Annual report on the Civil Veterinary Department, Burma (including the Insein Veterinary School) - 1910-1922
Year: 1910
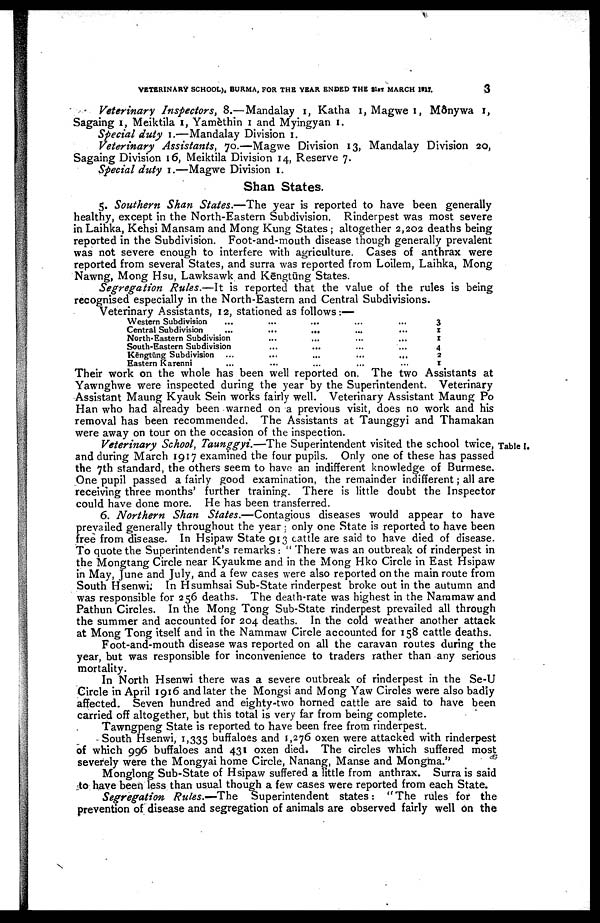
VETERINARY SCHOOL), BURMA, FOR THE YEAR ENDED THE 31ST MARCH 1917.
3
Veterinary Inspectors, 8.— Mandalay 1, Katha 1, Magwe 1, Monywa 1,
Sagaing 1, Meiktila 1, Yamèthin 1 and Myingyan 1.
Special duty 1.—Mandalay Division 1.
Veterinary Assistants, 70.—Magwe Division 13, Mandalay Division 20,
Sagaing Division 16, Meiktila Division 14, Reserve 7.
Special duty 1.—Magwe Division 1.
Shan States.
5. Southern Shan States.—The year is reported to have been generally
healthy, except in the North-Eastern Subdivision. Rinderpest was most severe
in Laihka, Kehsi Mansam and Mong Kung States ; altogether 2,202 deaths being
reported in the Subdivision. Foot-and-mouth disease though generally prevalent
was not severe enough to interfere with agriculture. Cases of anthrax were
reported from several States, and surra was reported from Loilem, Laihka, Mong
Nawng, Mong Hsu, Lawksawk and Kēngtung States.
Segregation Rules.—It is reported that the value of the rules is being
recognised especially in the North-Eastern and Central Subdivisions.
Veterinary Assistants, 12, stationed as follows:—
Western Subdivision
Central Subdivision
...
...
North-Eastern Subdivision
South-Eastern Subdivision
Kēngtūng Subdivision
Eastern Karenni
...
...
...
...
...
...
...
...
...
...
...
...
...
...
...
...
...
...
...
...
...
...
...
...
...
...
3
1
1
4
2
1
Their work on the whole has been well reported on. The two Assistants at
Yawnghwe were inspected during the year by the Superintendent. Veterinary
Assistant Maung Kyauk Sein works fairly well. Veterinary Assistant Maung Po
Han who had already been warned on a previous visit, does no work and his
removal has been recommended. The Assistants at Taunggyi and Thamakan
were away on tour on the occasion of the inspection.
Table I.
Veterinary School, Taunggyi.—The Superintendent visited the school twice,
and during March 1917 examined the four pupils. Only one of these has passed
the 7th standard, the others seem to have an indifferent knowledge of Burmese.
One pupil passed a fairly good examination, the remainder indifferent; all are
receiving three months' further training. There is little doubt the Inspector
could have done more. He has been transferred.
6. Northern Shan States.—Contagious diseases would appear to have
prevailed generally throughout the year only one State is reported to have been
free from disease. In Hsipaw State 913 cattle are said to have died of disease.
To quote the Superintendent's remarks : " There was an outbreak of rinderpest in
the Mongtang Circle near Kyaukme and in the Mong Hko Circle in East Hsipaw
in May, June and July, and a few cases were also reported on the main route from
South Hsenwi In Hsumhsai Sub-State rinderpest broke out in the autumn and
was responsible for 256 deaths. The death-rate was highest in the Naramaw and
Pathun Circles. In the Mong Tong Sub-State rinderpest prevailed all through
the summer and accounted for 204 deaths. In the cold weather another attack
at Mong Tong itself and in the Nammaw Circle accounted for 158 cattle deaths.
Foot-and-mouth disease was reported on all the caravan routes during the
year, but was responsible for inconvenience to traders rather than any serious
mortality.
In North Hsenwi there was a severe outbreak of rinderpest in the Se-U
Circle in April 1916 and later the Mongsi and Mong Yaw Circles were also badly
affected. Seven hundred and eighty-two horned cattle are said to have been
carried off altogether, but this total is very far from being complete.
Tawngpeng State is reported to have been free from rinderpest.
South Hsenwi, 1,335 buffaloes and 1,276 oxen were attacked with rinderpest
of which 996 buffaloes and 431 oxen died. The circles which suffered most
severely were the Mongyai home Circle, Nanang, Manse and Mongma."
Monglong Sub-State of Hsipaw suffered a little from anthrax. Surra is said
to have been less than usual though a few cases were reported from each State.
Segregation Rules.— The Superintendent states: "The rules for the
prevention of disease and segregation of animals are observed fairly well on the